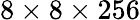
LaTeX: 8\times 8\times 256